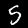
Digit: 5